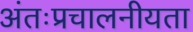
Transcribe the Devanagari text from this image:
अंतःप्रचालनीयता